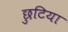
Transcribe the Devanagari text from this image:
छुटिया